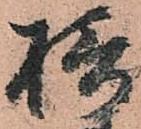
摂